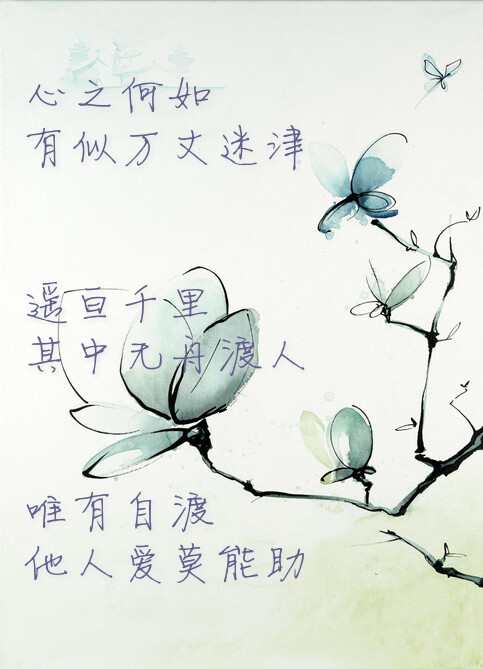
黄河水，水阔无边深无底，其来不知几千里。